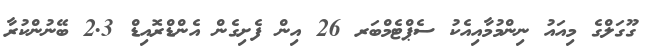
ގޫގަލްގެ މިއައު ނިންމުމާއިއެކު ސެޕްޓެމްބަރ 26 އިން ފެށިގެން އެންޑްރޮއިޑް 2.3 ބޭނުންކުރާ